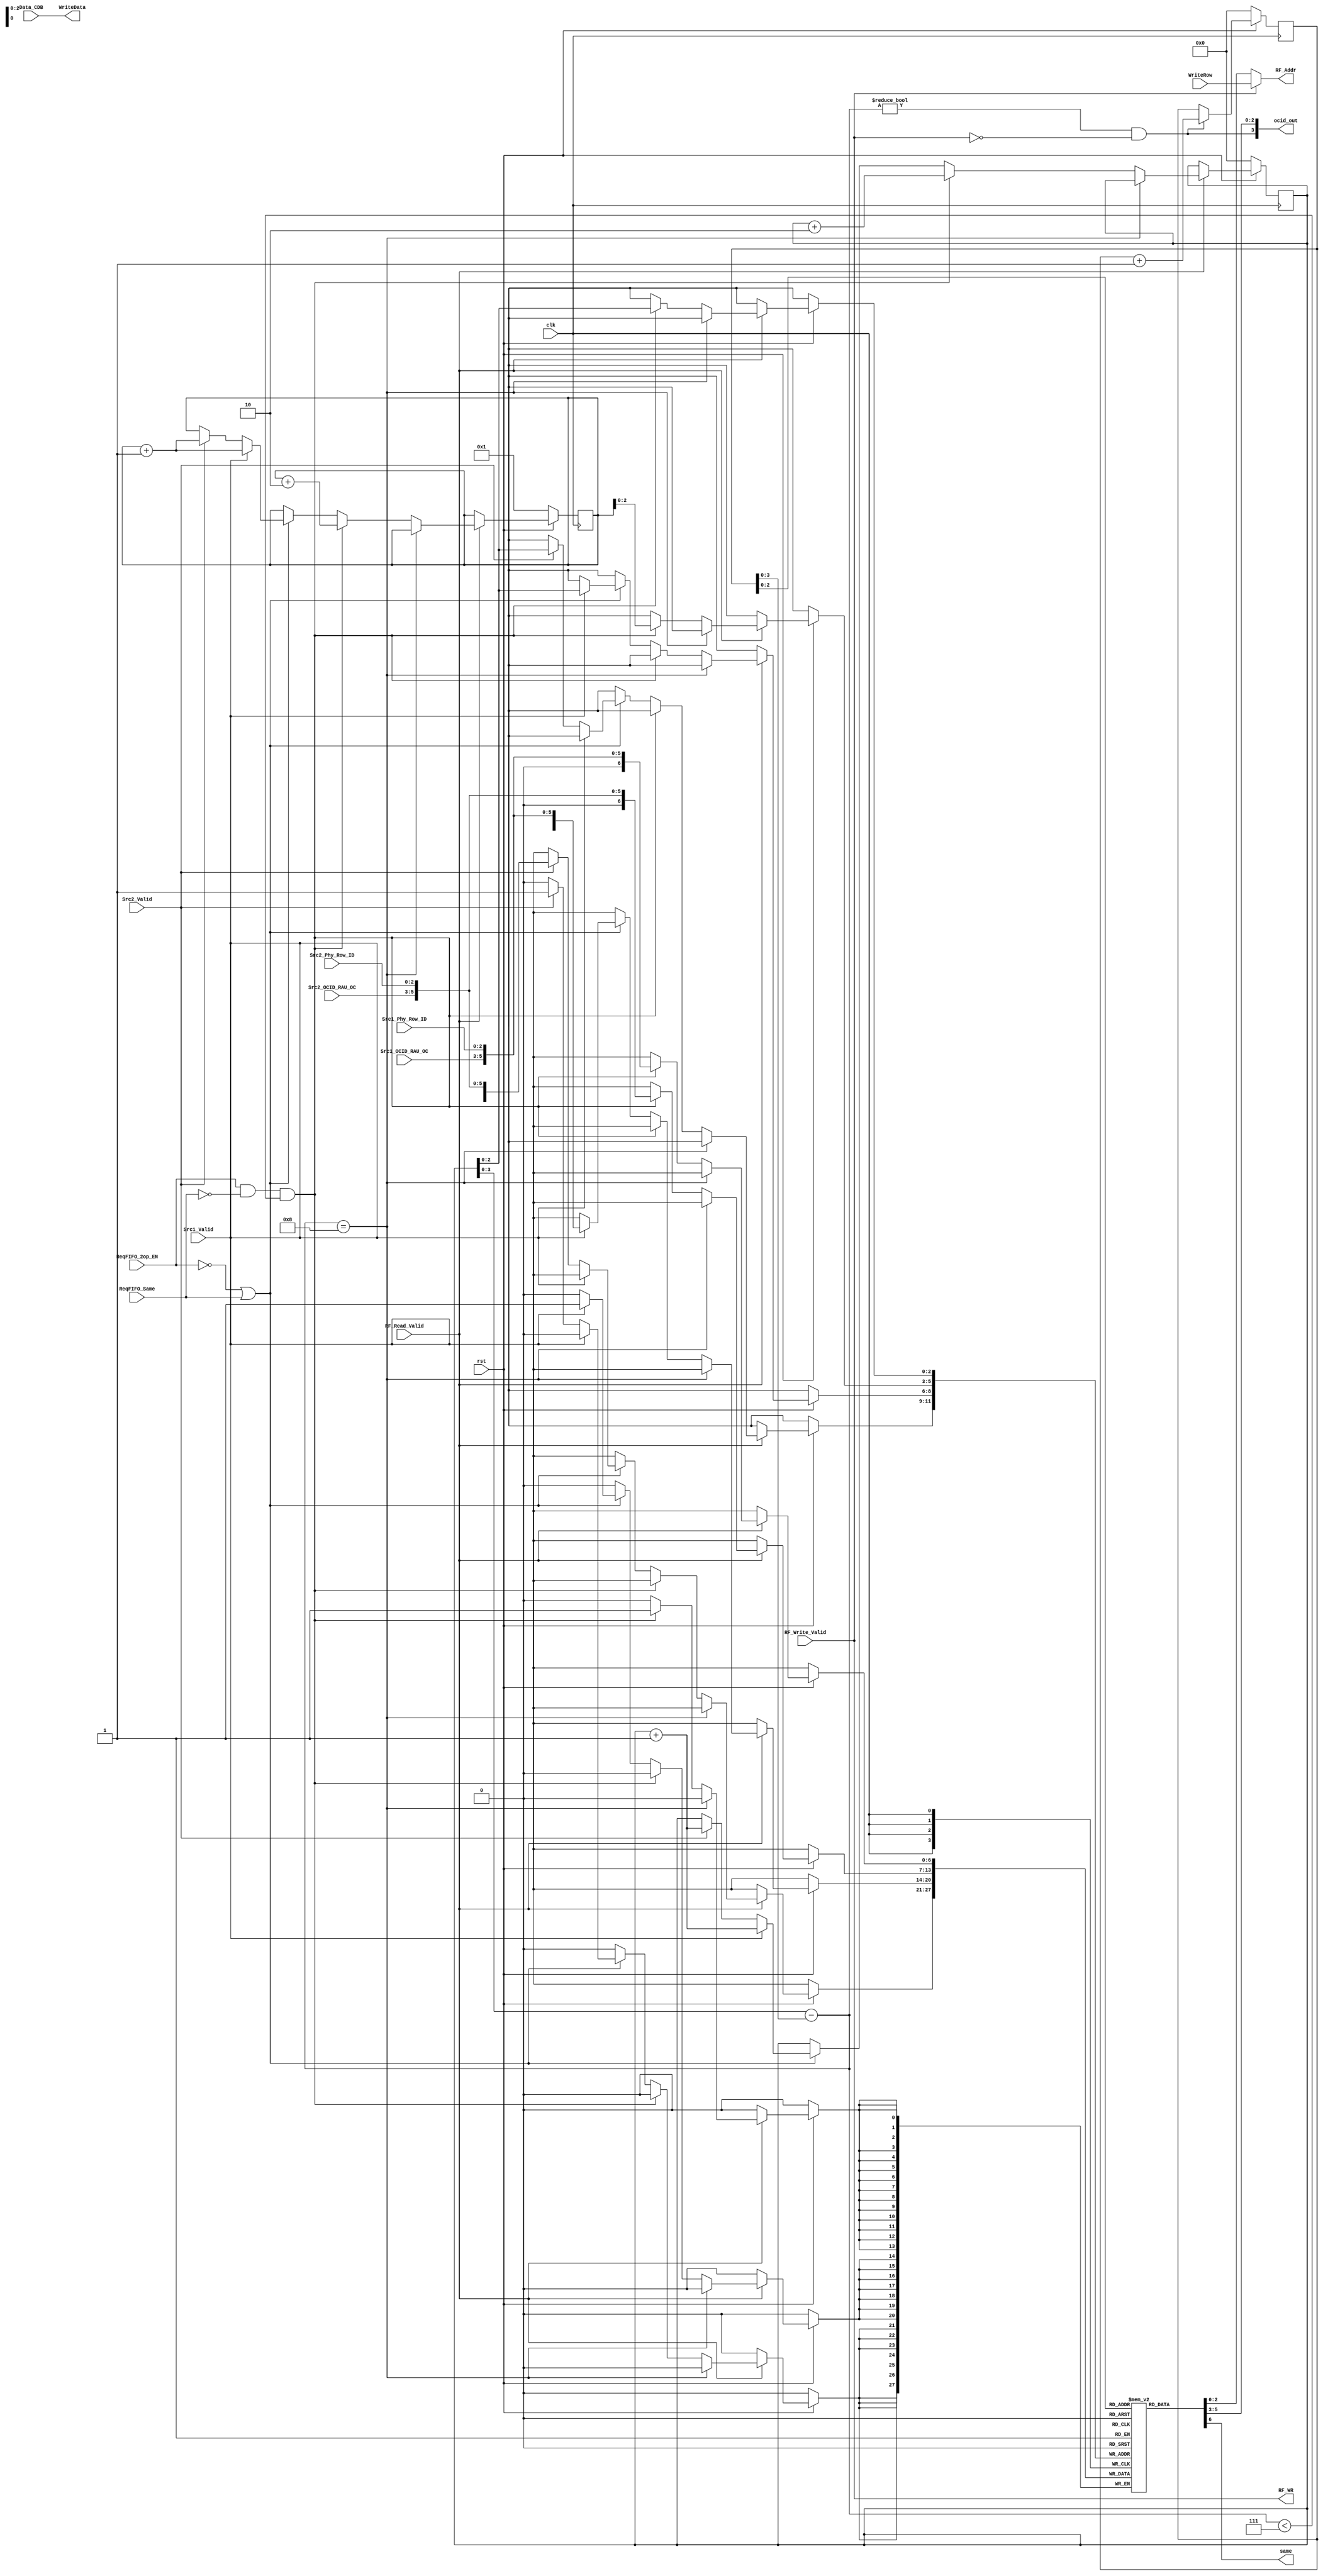
module  ReqFIFO (
    input wire rst,
    input wire clk,

    input wire ReqFIFO_2op_EN,
    input wire Src1_Valid,
    input wire Src2_Valid,
    input wire [2:0] Src1_Phy_Row_ID, Src2_Phy_Row_ID,
    input wire [2:0] Src1_OCID_RAU_OC,
    input wire [2:0] Src2_OCID_RAU_OC,
    input wire RF_Read_Valid,
    input wire RF_Write_Valid,
    input wire [2:0] WriteRow,
    input wire [255:0] Data_CDB,
    input wire ReqFIFO_Same,

    output wire [2:0] RF_Addr,
    output wire [3:0] ocid_out,
    output wire RF_WR,//assign

    output wire [255:0] WriteData,
    output wire same
);



//fifo
wire rp_en;
reg [6:0] ReqFIFO [7:0];
reg [4:0] Rp, Wp, Wp_p1;//2 read req
wire [3:0] depth = Wp - Rp;
wire Full = (depth == 4'b1000);
wire [2:0] Rp_ind = Rp[2:0];
wire [2:0] Wp_ind = Wp[2:0];
wire [2:0] Wp_p1_ind = Wp_p1[2:0];
//wire Rp_EN, Wp_EN, Wp_p1_EN;



//ReqFIFO
always @ (posedge clk)
begin
    if (rst == 1'b0) begin
        Rp <= 4'b0000;
        Wp <= 4'b0000;
        Wp_p1 <= 4'b0001;//hold for two source operands falls into same bank;
    end else begin
    if (RF_Read_Valid == 1) begin
        if (!Full) begin   
                if ((ReqFIFO_2op_EN == 1) & (ReqFIFO_Same == 1'b0) & (depth < 7)) begin
                    ReqFIFO[Wp_ind] <= {1'b0, Src1_OCID_RAU_OC, Src1_Phy_Row_ID};
                    ReqFIFO[Wp_p1_ind] <= {1'b0, Src2_OCID_RAU_OC, Src2_Phy_Row_ID};
                    Wp <= Wp + 2;
                    Wp_p1 <= Wp_p1 + 2;
                end else if (((ReqFIFO_2op_EN == 1'b0) | (ReqFIFO_Same == 1'b1))) begin
                    if (Src1_Valid) begin
                        ReqFIFO[Wp_ind] <= {(ReqFIFO_Same == 1'b1),Src1_OCID_RAU_OC, Src1_Phy_Row_ID};//bank
                        Wp <= Wp + 1;
                        Wp_p1 <= Wp_p1 + 1;
                    end else if (Src2_Valid) begin
                        ReqFIFO[Wp_ind] <= {(ReqFIFO_Same == 1'b1),Src2_OCID_RAU_OC, Src2_Phy_Row_ID};//bank
                        Wp <= Wp + 1;
                        Wp_p1 <= Wp_p1 + 1;
                    end
                end
            end
        end
        
    if (rp_en) begin
        Rp <= Rp + 1;
    end

    end

end

assign rp_en = (depth != 0) && !RF_Write_Valid;
assign RF_Addr = RF_Write_Valid ? WriteRow: ReqFIFO[Rp_ind][2:0];
assign ocid_out = {rp_en, ReqFIFO[Rp_ind][5:3]};//assign
assign RF_WR = RF_Write_Valid;
assign same = (ReqFIFO[Rp_ind][6]);

assign WriteData = Data_CDB;

endmodule